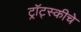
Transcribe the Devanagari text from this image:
ट्रॉट्स्कीचे